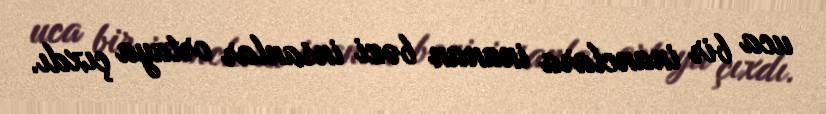
uca bir inanclara inanan bəzi insanlar ortaya çıxdı.